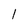
Character: l